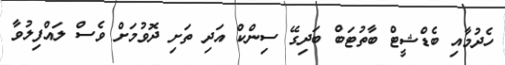
ހެދުމާއި ބެޑްޝީޓް ބާތުޓަބް ބަދިގޭ ސިންކް އަދި ތަށި ދޮވުމަށް ވެސް ލައްފިލުވާ